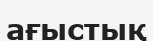
ағыстық